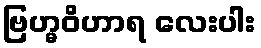
ဗြဟ္မဝိဟာရ လေးပါး